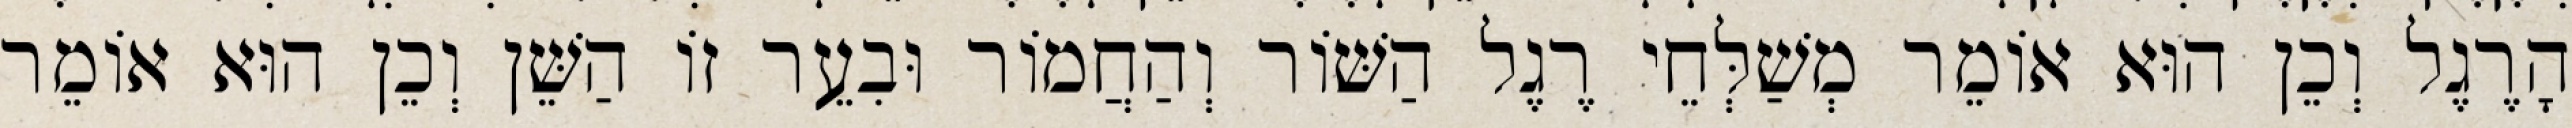
הָרֶגֶל וְכֵן הוּא אוֹמֵר מְשַׁלְּחֵי רֶגֶל הַשּׁוֹר וְהַחֲמוֹר וּבִעֵר זוֹ הַשֵּׁן וְכֵן הוּא אוֹמֵר